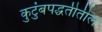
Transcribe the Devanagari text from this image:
कुटुंबपद्धतीतील